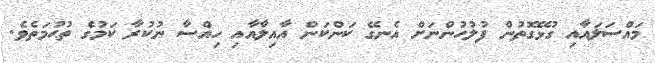
މައްސަލައާއި ގުޅޭގޮތުން ފުލުހުންނަށް އެނގޭ ކަންކަން އާއިލާއާއި ހިއްސާ ނުކުރާ ކަމުގެ ތުޙުމަތެވެ.